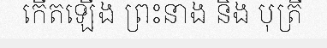
កើតឡើង ព្រះនាង និង បុត្រី